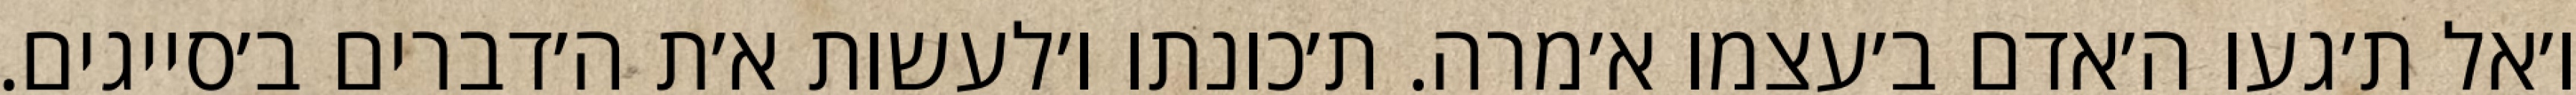
ו׳אל ת׳געו ה׳אדם ב׳עצמו א׳מרה. ת׳כונתו ו׳לעשות א׳ת ה׳דברים ב׳סייגים.